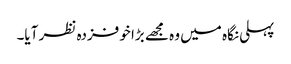
پہلی نگاہ میں وہ مجھے بڑا خوفزدہ نظر آیا۔